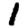
Digit: 1